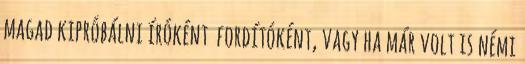
magad kipróbálni íróként fordítóként, vagy ha már volt is némi